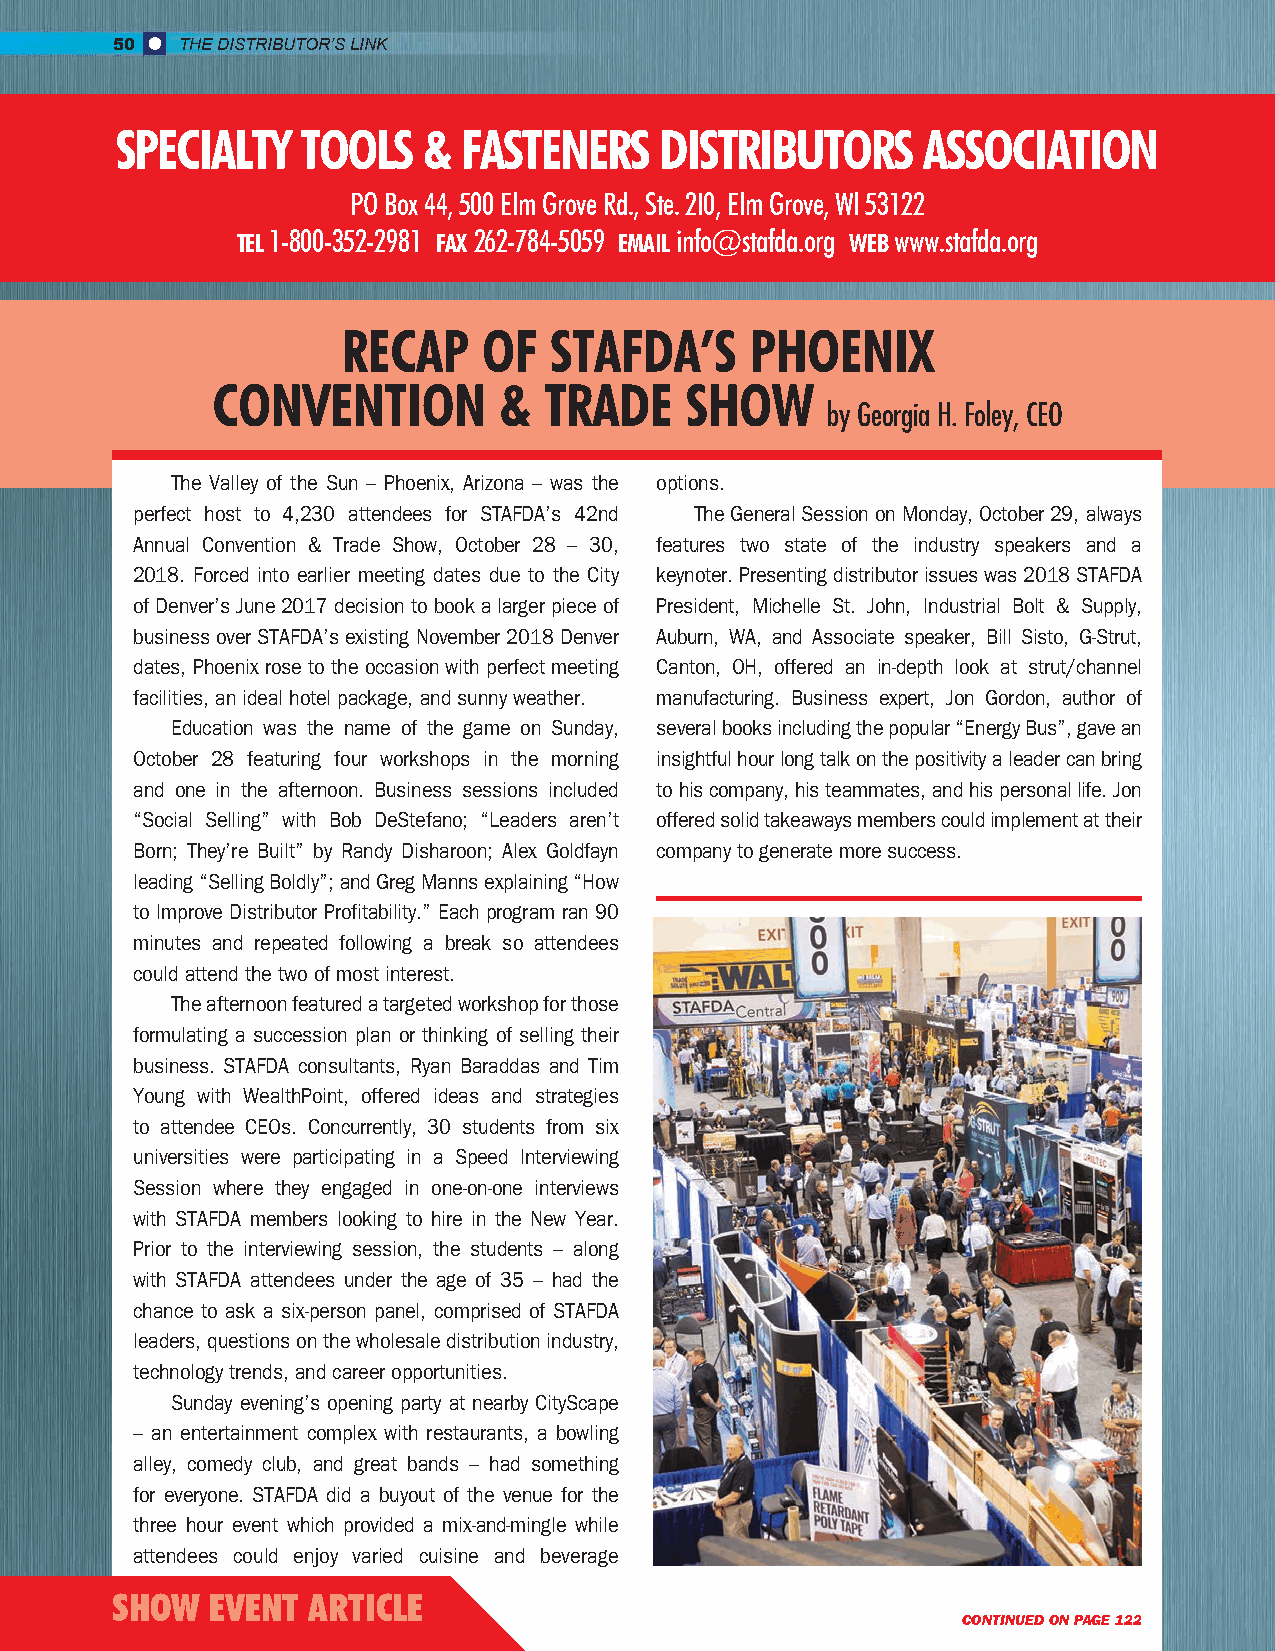
50   THE DISTRIBUTOR’S LINK
 SPECIALTY   TOOLS   &  FASTENERS    DISTRIBUTORS     ASSOCIATION
 PO Box 44, 500 Elm Grove Rd., Ste. 2I0, Elm Grove, Wl 53122
 TEL 1-800-352-2981 FAX 262-784-5059 EMAIL info@stafda.org WEB www.stafda.org
 RECAP    OF  STAFDA’S      PHOENIX
 CONVENTION         &  TRADE    SHOW
 by Georgia H. Foley, CEO
 The Valley of the Sun – Phoenix, Arizona – was the options.
 perfect host to 4,230 attendees for STAFDA’s 42nd The General Session on Monday, October 29, always
 Annual Convention & Trade Show, October 28 – 30, features two state of the industry speakers and a
 2018. Forced into earlier meeting dates due to the City keynoter. Presenting distributor issues was 2018 STAFDA
 of Denver’s June 2017 decision to book a larger piece of President, Michelle St. John, Industrial Bolt & Supply,
 business over STAFDA’s existing November 2018 Denver Auburn, WA, and Associate speaker, Bill Sisto, G-Strut,
 dates, Phoenix rose to the occasion with perfect meeting Canton, OH, offered an in-depth look at strut/channel
 facilities, an ideal hotel package, and sunny weather. manufacturing. Business expert, Jon Gordon, author of
 Education was the name of the game on Sunday, several books including the popular “Energy Bus”, gave an
 October 28 featuring four workshops in the morning insightful hour long talk on the positivity a leader can bring
 and one in the afternoon. Business sessions included to his company, his teammates, and his personal life. Jon
 “Social Selling” with Bob DeStefano; “Leaders aren’t offered solid takeaways members could implement at their
 Born; They’re Built” by Randy Disharoon; Alex Goldfayn company to generate more success.
 leading “Selling Boldly”; and Greg Manns explaining “How
 to Improve Distributor Profitability.” Each program ran 90
 minutes and repeated following a break so attendees
 could attend the two of most interest.
 The afternoon featured a targeted workshop for those
 formulating a succession plan or thinking of selling their
 business. STAFDA consultants, Ryan Baraddas and Tim
 Young with WealthPoint, offered ideas and strategies
 to attendee CEOs. Concurrently, 30 students from six
 universities were participating in a Speed Interviewing
 Session where they engaged in one-on-one interviews
 with STAFDA members looking to hire in the New Year.
 Prior to the interviewing session, the students – along
 with STAFDA attendees under the age of 35 – had the
 chance to ask a six-person panel, comprised of STAFDA
 leaders, questions on the wholesale distribution industry,
 technology trends, and career opportunities.
 Sunday evening’s opening party at nearby CityScape
 – an entertainment complex with restaurants, a bowling
 alley, comedy club, and great bands – had something
 for everyone. STAFDA did a buyout of the venue for the
 three hour event which provided a mix-and-mingle while
 attendees could enjoy varied cuisine and beverage
 SHOW   EVENT ARTICLE
 CONTINUED ON PAGE 122